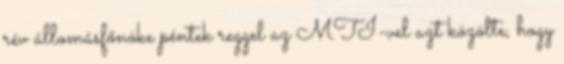
rév állomásfőnöke péntek reggel az MTI-vel azt közölte, hogy